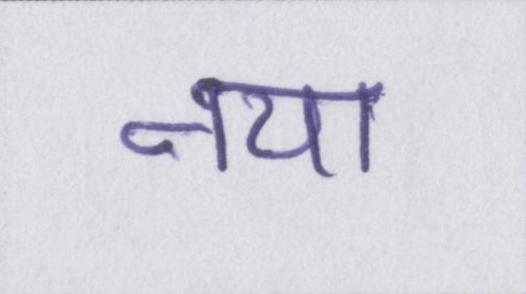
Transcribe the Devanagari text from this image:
नया